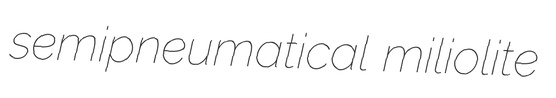
semipneumatical miliolite